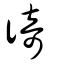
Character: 徛